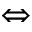
\Leftrightarrow